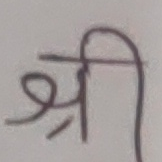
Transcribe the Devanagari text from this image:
श्री